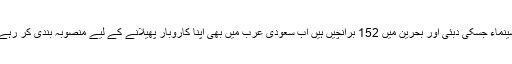
نوو سینماء جسکی دبئی اور بحرین میں 152 برانچیں ہیں اب سعودی عرب میں بھی اپنا کاروبار پھیلانے کے لیے منصوبہ بندی کر رہے ہیں۔